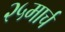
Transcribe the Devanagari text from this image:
२५मार्च